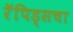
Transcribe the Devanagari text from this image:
रॅपिड्सचा